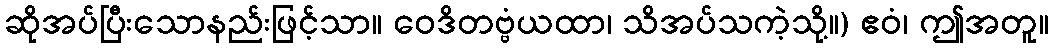
ဆိုအပ်ပြီးသောနည်းဖြင့်သာ။ ဝေဒိတဗ္ဗံယထာ၊ သိအပ်သကဲ့သို့။) ဧဝံ၊ ဤအတူ။